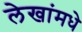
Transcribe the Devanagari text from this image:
लेखांमधे